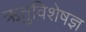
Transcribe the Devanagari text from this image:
ऋतुविशेषज्ञ